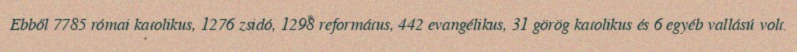
Ebből 7785 római katolikus, 1276 zsidó, 1298 református, 442 evangélikus, 31 görög katolikus és 6 egyéb vallású volt.